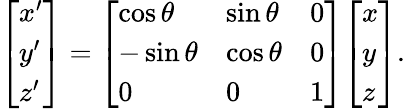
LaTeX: {\left[\begin{array}{l}{x^{\prime}}\\ {y^{\prime}}\\ {z^{\prime}}\end{array}\right]}={\left[\begin{array}{lll}{\cos\theta}&{\sin\theta}&{0}\\ {-\sin\theta}&{\cos\theta}&{0}\\ {0}&{0}&{1}\end{array}\right]}{\left[\begin{array}{l}{x}\\ {y}\\ {z}\end{array}\right]}.